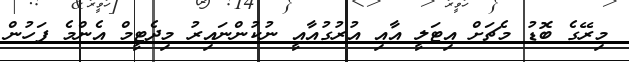
މިރޭގެ ބޮޑު މެޗަށް އިޓަލީ އާއި އުރުގުއާއީ ނުކުންނައިރު މިދެޓީމް އެންމެ ފަހުން